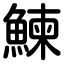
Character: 鰊